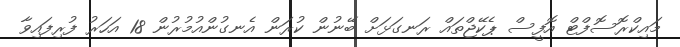
މައިކްރޮސޮފްޓް އޮފީސް ޕެކޭޖްތައް ރަނގަޅަށް ބޭނުން ކުރަން އެނގުންއުމުރުން 18 އަހަރު ފުރިފައިވާ